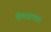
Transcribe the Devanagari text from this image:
डॅलसच्या